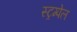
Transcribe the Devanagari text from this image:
स्ट्रम्पेल